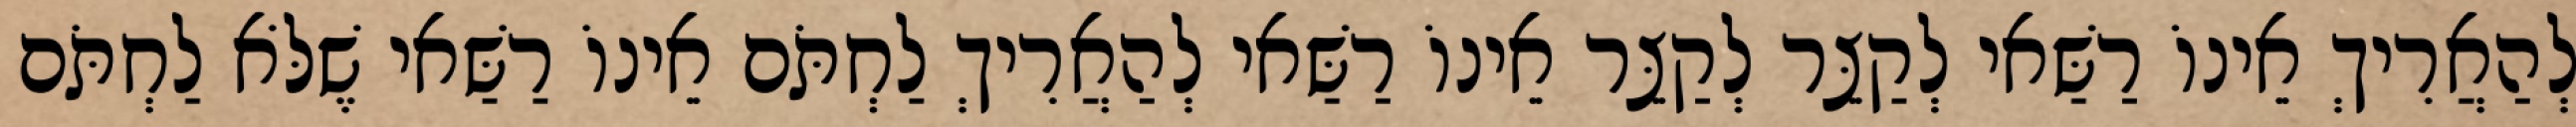
לְהַאֲרִיךְ אֵינוֹ רַשַּׁאי לְקַצֵּר לְקַצֵּר אֵינוֹ רַשַּׁאי לְהַאֲרִיךְ לַחְתֹּם אֵינוֹ רַשַּׁאי שֶׁלֹּא לַחְתֹּם